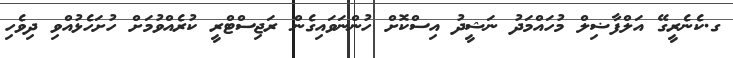
ގ.ކެނެރީގޭ އަލްފާޟިލް މުހައްމަދު ނަޝީދު އިސްކޮށް ހުންނަވައިގެން ރަޖިސްޓްރީ ކުރެއްވުމަށް ހުށަހެޅުއްވި ދިވެހި